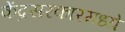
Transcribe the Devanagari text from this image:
केंद्रसरकारमध्ये